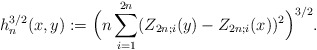
\begin{align*} h_n^{3/2}(x,y) := \Big( n \sum_{i=1}^{2n} (Z_{2n;i}(y) - Z_{2n;i}(x))^2 \Big)^{3/2}. \end{align*}